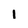
Character: i